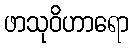
ဖာသုဝိဟာရော